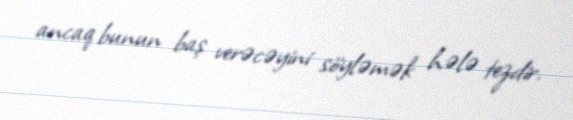
ancaq bunun baş verəcəyini söyləmək hələ tezdir.